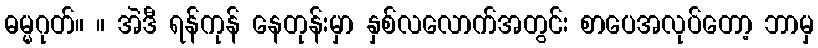
ဓမ္မဂုတ်။ ။ အဲဒီ ရန်ကုန် နေတုန်းမှာ နှစ်လလောက်အတွင်း စာပေအလုပ်တော့ ဘာမှ